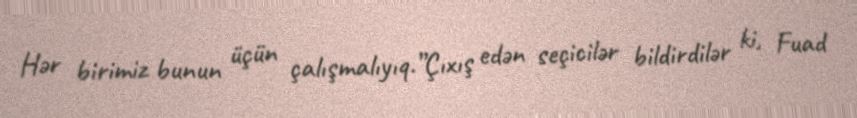
Hər birimiz bunun üçün çalışmalıyıq.”Çıxış edən seçicilər bildirdilər ki, Fuad